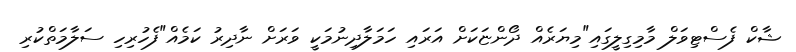
ޝާކް ފެސްޓިވަލް މާމިގިލީގައި"މިޔަރެއް ދޯންޏަކަށް އަރައި ހަމަލާދިނުމަކީ ވަރަށް ނާދިރު ކަމެއް"ފެހުރިހި ސަލާމަތްކުރި